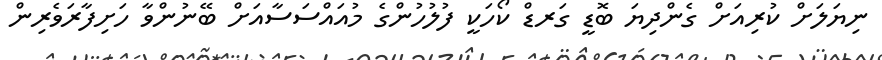
ނިޔަލަށް ކުރިއަށް ގެންދިޔަ ބޮޑީ ގަރޑް ކޯހަކީ ފުލުހުންގެ މުއައްސަސާއަށް ބޭނުންވާ ހަށިފާރަވެރިން